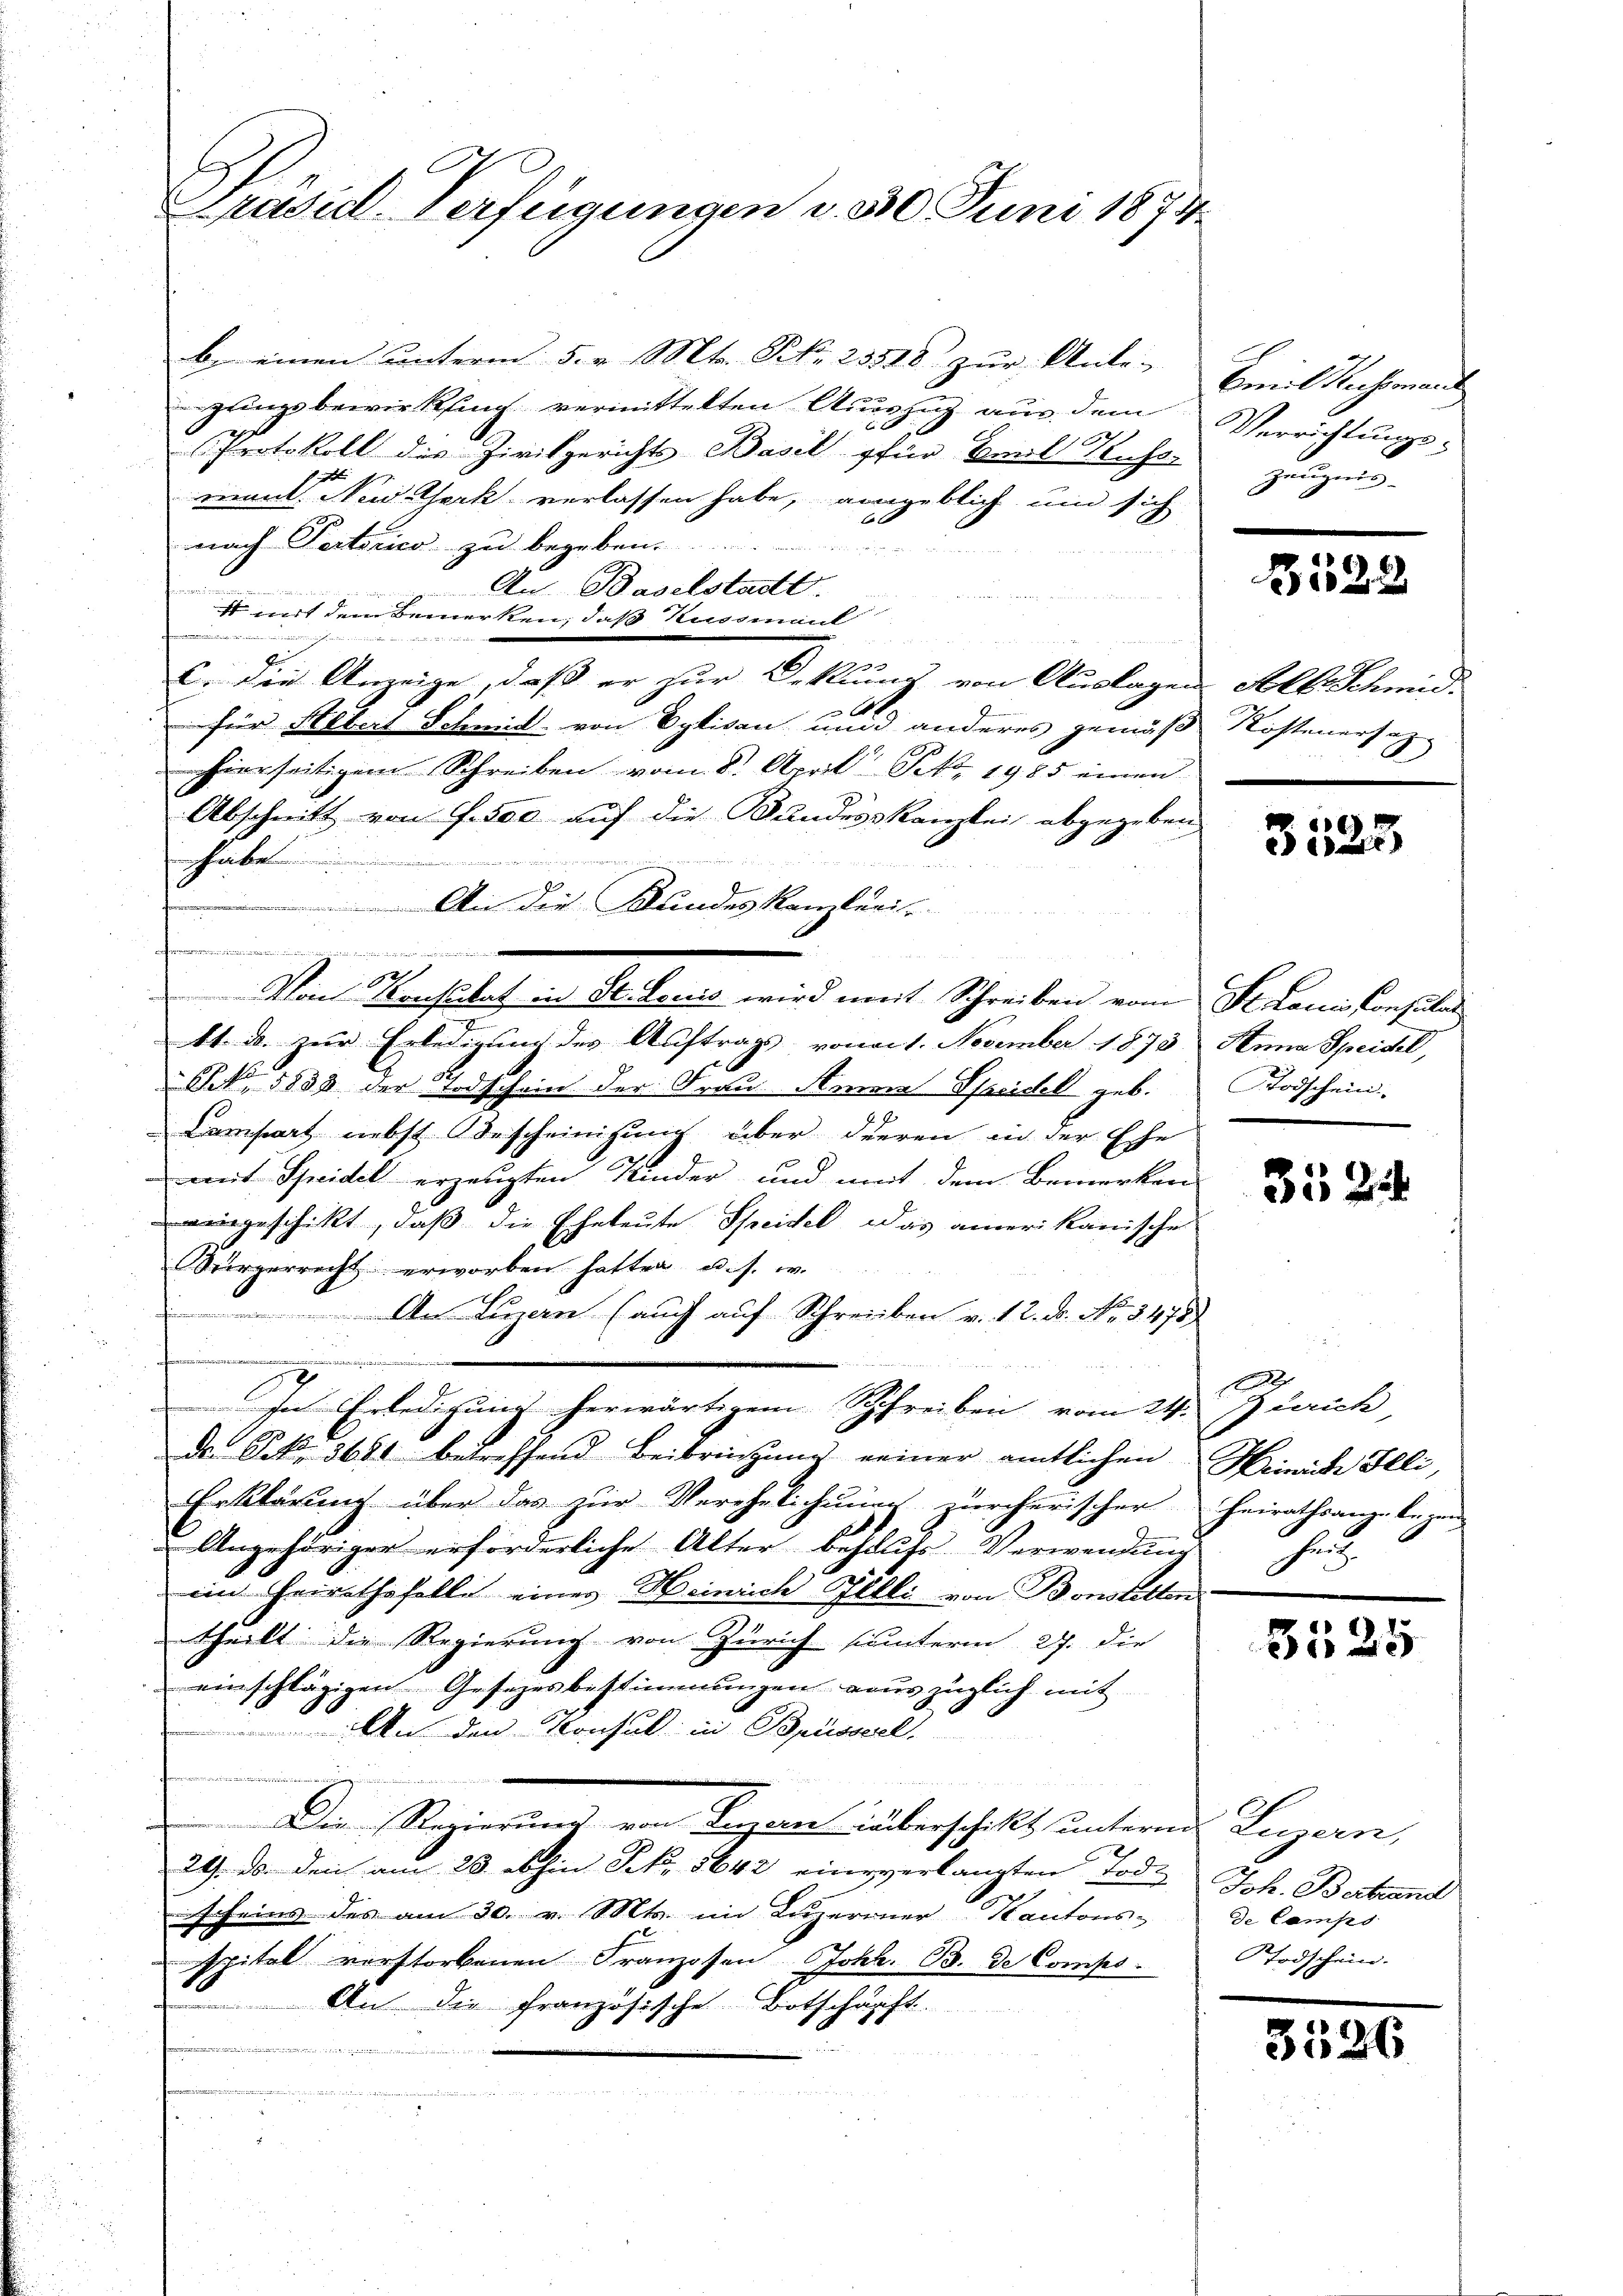
Prasil-Verfügungen d. 30 Juni 1874.

b. einen unterm 5. v. Mts. No. 23518 zur Unter- Emil Sechsman
gungsbewirkling vermittelten Auszug aus dem Verrichtungs-
e
Protokoll des Zivilgerichts Basel für Beal Kuss
mant. New-York verlassen habe, angeblich um sich
nach Pertorico zu begeben.
An Baselstadt.
s mit dem Bemerken, daß Kussmaul
n
die in den dem Marien und sich den Be
e
E
.
C. die Anzeige, daß er zur Rekrung von Auslagen Alle Schmid.
für Nebel Schmid von Eglisau und anderes gemäß Kostenert u
phierseitigem Schreiben vom 8. April NNo. 1985 einen
Abschnitt von f. 500 auf die Bandeskanzlei abgegeben
habe
An die Kundeskanzlei-
cher eine einer wird einen durch erinne
821
Von Konsulat in St. Louis wird mit Schreiben vom St. Louis Consulat
11. d. zur Erledigung des Auftrags, vom 1. November 1873 Anna Speisel,
N. 5833 der Todschein der Frau Armen Seidel geb. Todschein
Campart nebst Bescheinigung über dieren in der Ehe
mit Scheidel erzeugten Kinder und mit dem Bemerken
vingeschikt, daß die Eheleute Scheidel das amerikanische
Sürgerrecht erworben hatten u. s. w.
An Luzern (auch auf Schreiben v. 12. d. No. 3475)
2 in die |
In Erledigung herwärtigem Schreiben vom 24. Zürich
Dr. Frk. 3680 betreffend Beibringung seiner amtlichen Heinisch Illi,
Erklärung über das zur Verehelichung zürcherischer Heirathsanze bezeu-
.
Angehöriger erforderliche Alter behufs Verwendung
im Heirathsfelle einer Heinrich Belli von Bonstetten
ntheilt die Regierung von Zürich unterm 27. die
einschlägigen Gesezesbestimmungen vons züglich mit
An den Konsul in Brüsserl.
Der Regierung von Bazione überschillt, untern Luzern,
29. ds. den am 28. abhin Frk. 5642 eine verlangten Tod. Joh. Bestand
scheins des am 30. v. Mts. in Luzerner Kantons- de Camps
spitel vorstorbenen Franzosen Johs. B. de Comps. Todschein.
An die französische Botschärft
i
n
   Mater aber den hattet wer

Zeugnis

B528

7

3523

3524

1
7.3.

3525

3526